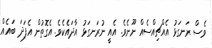
ވެސް ރަނގަޅު އެއްޗިއްސެއް ނޫނެވެ. އެއީ ނުރަނގަޅު އާދައެކެވެ. އެގޮތުން އެފަދަ ބައެއް